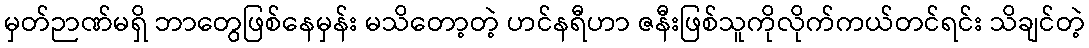
မှတ်ဉာဏ်မရှိ ဘာတွေဖြစ်နေမှန်း မသိတော့တဲ့ ဟင်နရီဟာ ဇနီးဖြစ်သူကိုလိုက်ကယ်တင်ရင်း သိချင်တဲ့